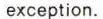
exception.